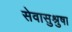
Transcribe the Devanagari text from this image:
सेवासुश्रुषा